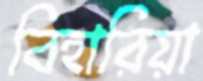
বিহারিয়া